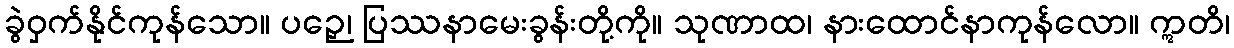
ခွဲဝှက်နိုင်ကုန်သော။ ပဉှေ၊ ပြဿနာမေးခွန်းတို့ကို။ သုဏာထ၊ နားထောင်နာကုန်လော။ ဣတိ၊